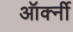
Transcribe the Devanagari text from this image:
ऑर्क्नी